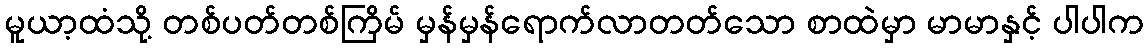
မူယာ့ထံသို့ တစ်ပတ်တစ်ကြိမ် မှန်မှန်ရောက်လာတတ်သော စာထဲမှာ မာမာနှင့် ပါပါက